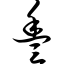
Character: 丰